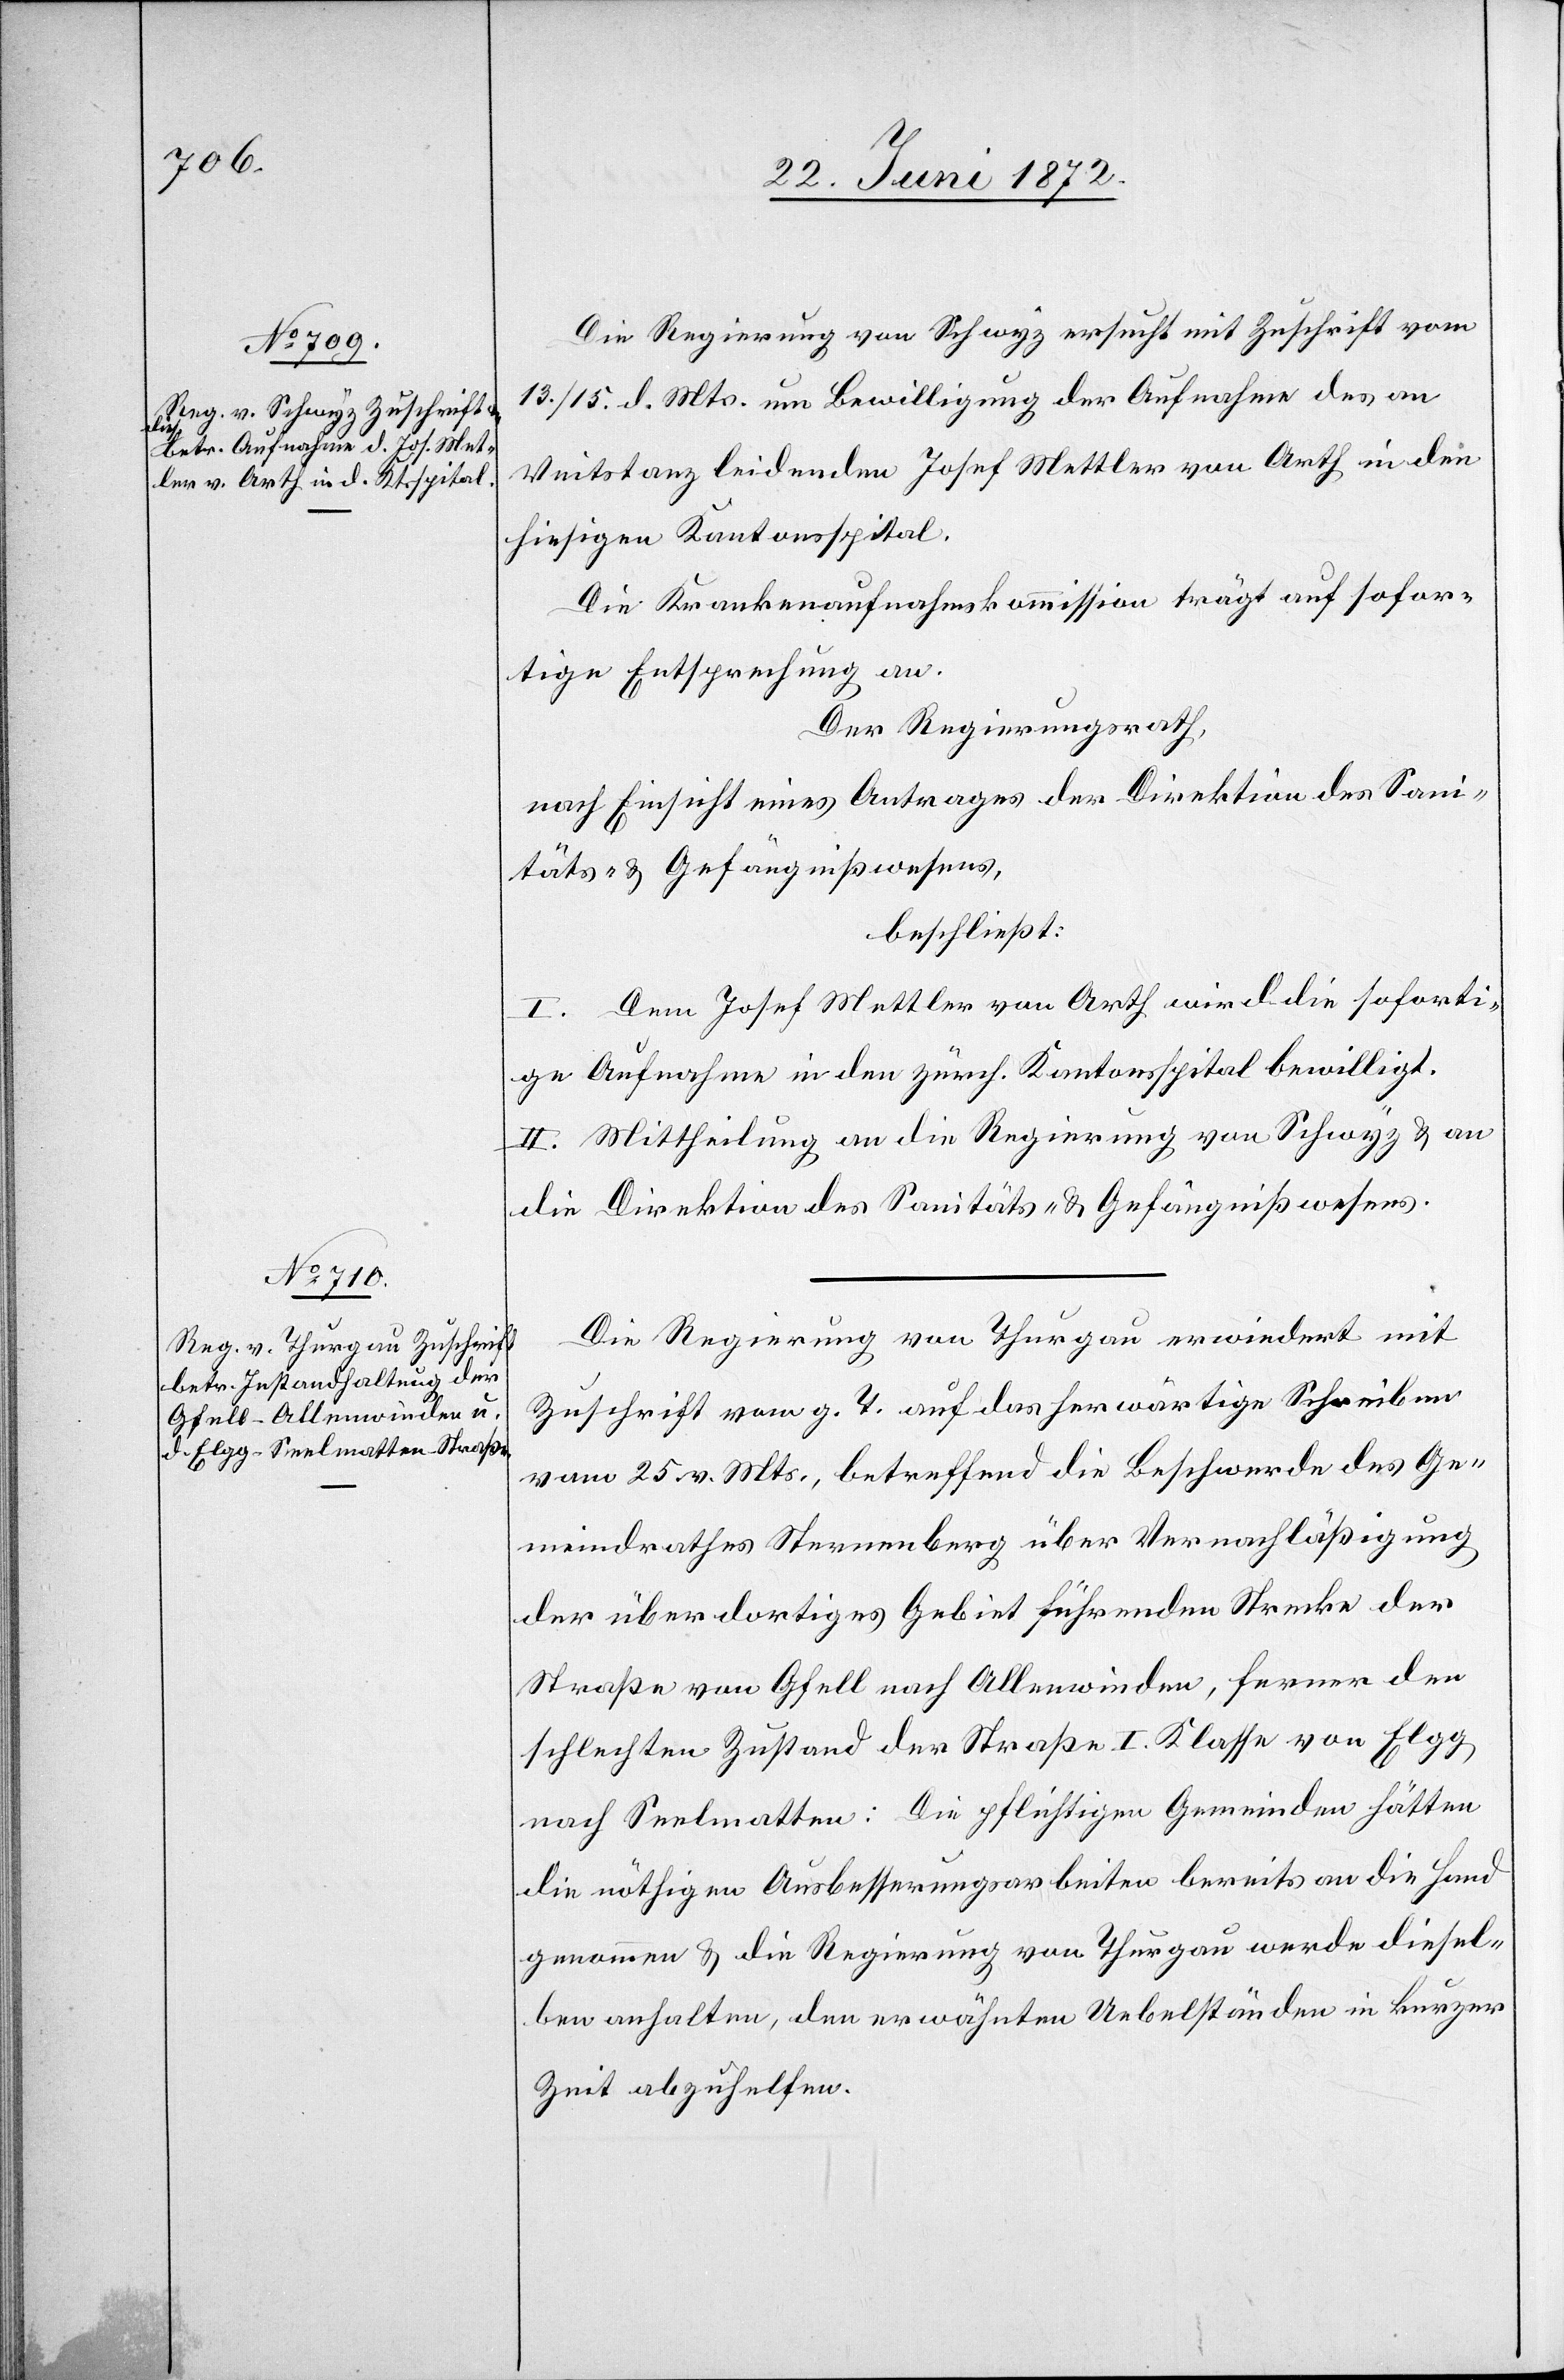
Die Regierung von Schwyz ersucht mit Zuschrift vom
13./15. d. Mts. um Bewilligung der Aufnahme des an
Veitstanz leidenden Josef Mettler von Arth in den
hiesigen Kantonsspital.
Die Krankenaufnahmskommission trägt auf sofor¬
tige Entsprechung an.
Der Regierungsrath,
nach Einsicht eines Antrages der Direktion des Sani¬
täts- u. Gefängnißwesens,
beschließt:
I. Dem Josef Mettler von Arth wird die soforti¬
ge Aufnahme in den zürch. Kantonsspital bewilligt.
II. Mittheilung an die Regierung von Schwyz u. an
die Direktion des Sanitäts- u. Gefängnißwesens.
Die Regierung von Thurgau erwiedert mit
Zuschrift vom g. T. auf das herwärtige Schreiben
vom 25. v. Mts., betreffend die Beschwerde des Ge¬
meindrathes Sternenberg über Vernachläßigung
der über dortiges Gebiet führenden Strecke der
Straße von Gfell nach Allenwinden, ferner den
schlechten Zustand der Straße I. Klasse von Elgg
nach Seelmatten: Die pflichtigen Gemeinden hätten
die nöthigen Ausbesserungsarbeiten bereits an die Hand
genommen u. die Regierung von Thurgau werde diesel¬
ben anhalten, den erwähnten Uebelständen in kurzer
Zeit abzuhelfen.